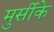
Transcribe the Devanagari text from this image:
मुर्सीके